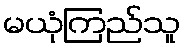
မယုံကြည်သူ